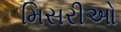
મિસરીઓ